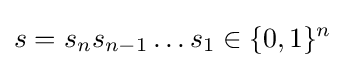
s=s_{n}s_{n-1}\ldots s_{1}\in \{0,1\}^{n}